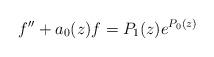
LaTeX: \begin{align*}f''+a_0(z)f=P_1(z)e^{P_0(z)}\end{align*}